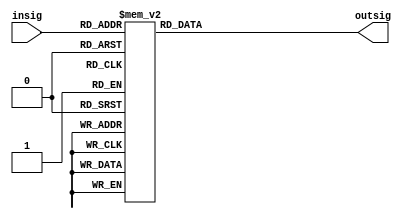
module decoder_4_16(insig, outsig);
	 input [3:0] insig;
	 output [15:0] outsig;
	 reg [15:0] 		outsig;
	 always @ (insig)
		 case(insig)
			 4'd0: outsig = 16'b0000000000000001;
			 4'd1: outsig = 16'b0000000000000010;
			 4'd2: outsig = 16'b0000000000000100;
			 4'd3: outsig = 16'b0000000000001000;
			 4'd4: outsig = 16'b0000000000010000;
			 4'd5: outsig = 16'b0000000000100000;
			 4'd6: outsig = 16'b0000000001000000;
			 4'd7: outsig = 16'b0000000010000000;
			 4'd8: outsig = 16'b0000000100000000;
			 4'd9: outsig = 16'b0000001000000000;
			 4'd10: outsig = 16'b0000010000000000;
			 4'd11: outsig = 16'b0000100000000000;
			 4'd12: outsig = 16'b0001000000000000;
			 4'd13: outsig = 16'b0010000000000000;
			 4'd14: outsig = 16'b0100000000000000;
			 4'd15: outsig = 16'b1000000000000000;
		 endcase // case (insig)
endmodule // decoder_4_16